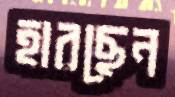
হারছেন